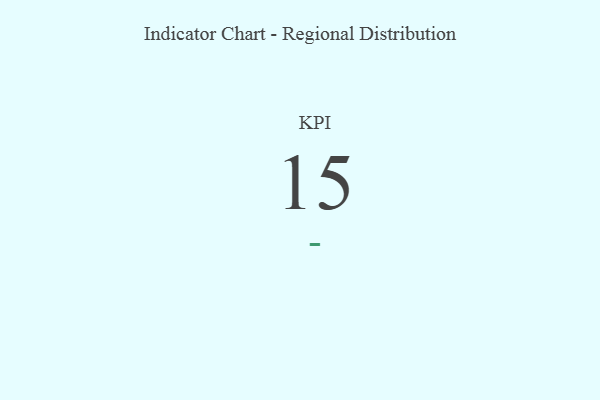
{"axis": {"x": "KPI", "y": "Value"}, "legend": [""], "data": [{"x": "KPI", "y": 15, "type": ""}]}